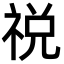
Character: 祱